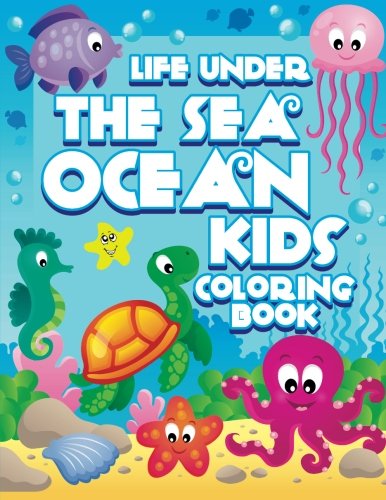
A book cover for Life Under The Sea: Ocean Kids Coloring Book (Super Fun Coloring Books For Kids) (Volume 28); Lilt Kids Coloring Books; Children's Books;